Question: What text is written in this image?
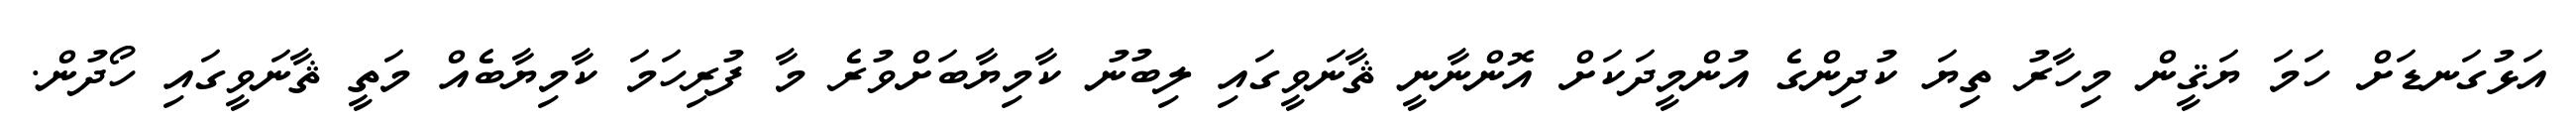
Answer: އަޅުގަނޑަށް ހަމަ ޔަޤީން މިހާރު ތިޔަ ކުދިންގެ އުންމީދަކަށް އޮންނާނީ ޘާނަވީގައި ލިބުނު ކާމިޔާބަށްވުރެ މާ ފުރިހަމަ ކާމިޔާބެއް މަތީ ޘާނަވީގައި ހޯދުން.